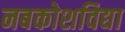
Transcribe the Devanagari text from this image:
नबकोशविद्या